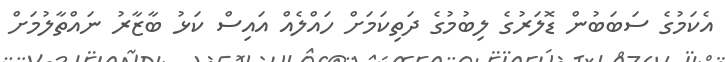
އެކަމުގެ ސަބަބުން ޑޮލަރުގެ ލިބުމުގެ ދަތިކަމަށް ހައްލެއް އައިސް ކަޅު ބާޒާރު ނައްތާލުމަށް